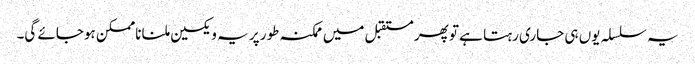
یہ سلسلہ یوں ہی جاری رہتا ہے تو پھر مستقبل میں ممکنہ طور پر یہ ویکسین ملنا ناممکن ہوجائے گی۔